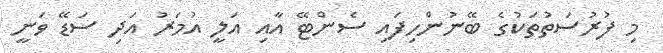
މި ފުރުސަތުތަކުގެ ބޭނުންހިފައި ސެންޓޭ އާއި އަލީ އުމަރު އަދި ސަޑޭ ވަނީ